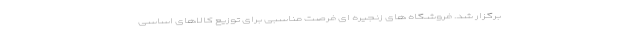
برگزار شد. فروشگاه های زنجیره ای فرصت مناسبی برای توزیع کالاهای اساسی